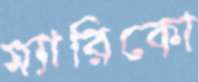
ম্যারিকো